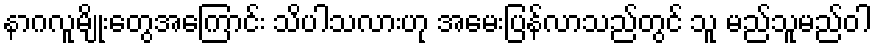
နာဂလူမျိုးတွေအကြောင်း သိပါသလားဟု အမေးပြန်လာသည်တွင် သူ မည်သူမည်ဝါ